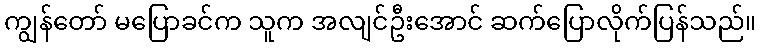
ကျွန်တော် မပြောခင်က သူက အလျင်ဦးအောင် ဆက်ပြောလိုက်ပြန်သည်။